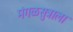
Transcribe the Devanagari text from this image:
मंगळसुत्राला